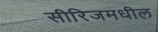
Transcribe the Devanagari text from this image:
सीरिजमधील